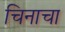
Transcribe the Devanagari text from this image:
चिनाचा